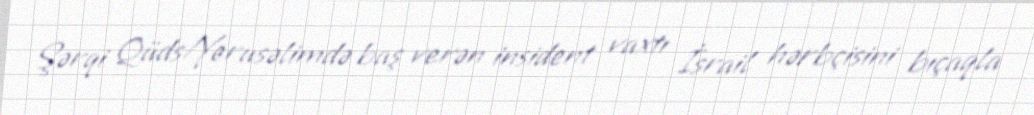
Şərqi Qüds/Yerusəlimdə baş verən insident vaxtı İsrail hərbçisini bıçaqla